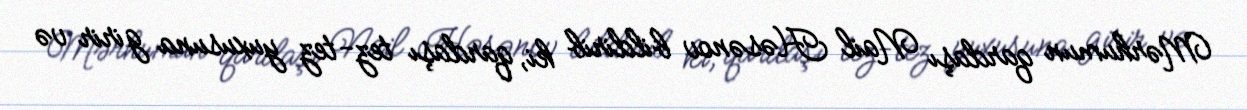
Mərhumun qardaşı Nail Həsənov bildirib ki, qardaşı tez-tez yuxusuna girir və